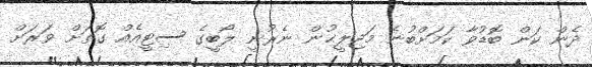
ދެން ކަން ބޮޑުވާ ކަމަށްބުނެ މަޖިލީޙުން ނެރުނީ ލޯބީގެ ސިޓީއެއް ގޮތަށް ވަރަށް